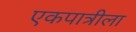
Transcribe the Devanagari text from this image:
एकपात्रीला